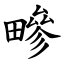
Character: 㽩